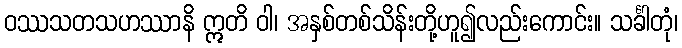
ဝဿသတသဟဿာနိ ဣတိ ဝါ၊ အနှစ်တစ်သိန်းတို့ဟူ၍လည်းကောင်း။ သင်္ခါတုံ၊